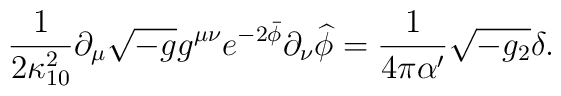
\frac{1}{2\kappa _{10}^{2}}\partial _{\mu }\sqrt{-g}g^{\mu \nu }e^{-2\bar{\phi}}\partial _{\nu }\widehat{\phi} =\frac{1}{4\pi \alpha ^{\prime }}\sqrt{-g_{2}}\delta .